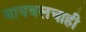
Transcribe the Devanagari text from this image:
बायबलचाही